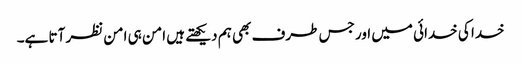
خدا کی خدائی میں اور جس طرف بھی ہم دیکھتے ہیں امن ہی امن نظر آتا ہے۔